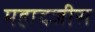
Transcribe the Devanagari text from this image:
महादजीस